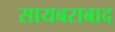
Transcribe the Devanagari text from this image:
सायबराबाद